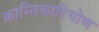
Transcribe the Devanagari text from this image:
क्रान्तिकारियोण